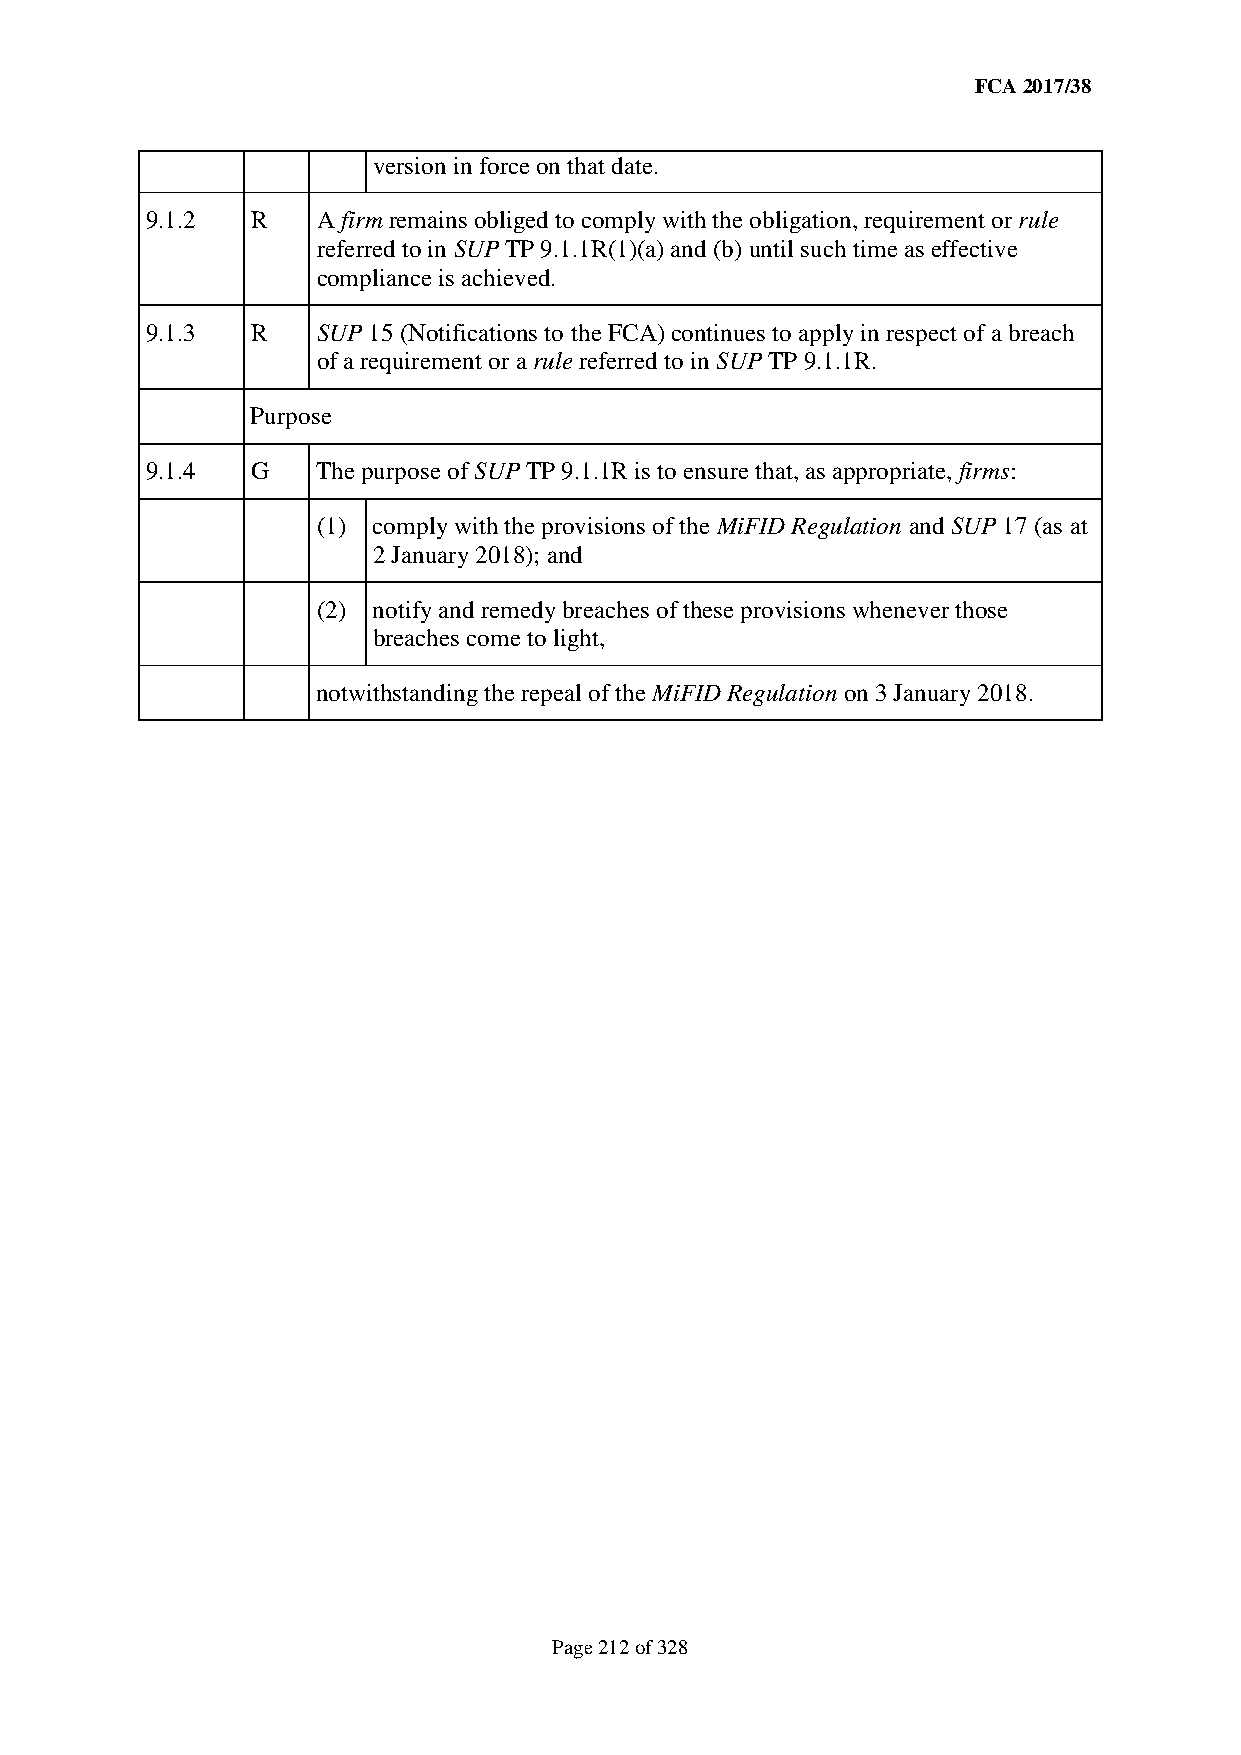
FCA 2017/38
 version in force on that date.
 9.1.2  R   A firm remains obliged to comply with the obligation, requirement or rule
 referred to in SUP TP 9.1.1R(1)(a) and (b) until such time as effective
 compliance is achieved.
 9.1.3  R   SUP 15 (Notifications to the FCA) continues to apply in respect of a breach
 of a requirement or a rule referred to in SUP TP 9.1.1R.
 Purpose
 9.1.4  G   The purpose of SUP TP 9.1.1R is to ensure that, as appropriate, firms:
 (1) comply with the provisions of the MiFID Regulation and SUP 17 (as at
 2 January 2018); and
 (2) notify and remedy breaches of these provisions whenever those
 breaches come to light,
 notwithstanding the repeal of the MiFID Regulation on 3 January 2018.
 Page 212 of 328